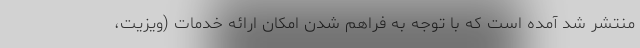
منتشر شد آمده است که با توجه به فراهم شدن امکان ارائه خدمات (ویزیت،